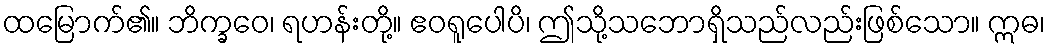
ထမြောက်၏။ ဘိက္ခဝေ၊ ရဟန်းတို့။ ဧဝရူပေါပိ၊ ဤသို့သဘောရှိသည်လည်းဖြစ်သော။ ဣဓ၊